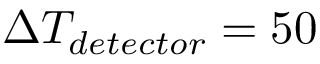
\Delta T _ { d e t e c t o r } = 5 0